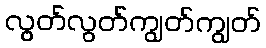
လွတ်လွတ်ကျွတ်ကျွတ်